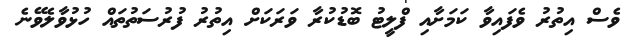
ވެސް އިތުރު ވެފައިވާ ކަމަށާއި ފްލީޓު ބޮޑުކުރާ ވަރަކަށް އިތުރު ފުރުުސަތުތައް ހުޅުވާލެވޭނެ